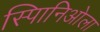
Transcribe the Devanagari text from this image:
स्पािनिओला